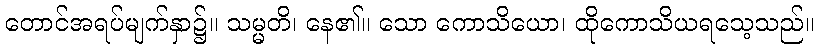
တောင်အရပ်မျက်နှာ၌။ သမ္မတိ၊ နေ၏။ သော ကောသိယော၊ ထိုကောသိယရသေ့သည်။